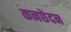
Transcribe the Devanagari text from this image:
कनछेदन